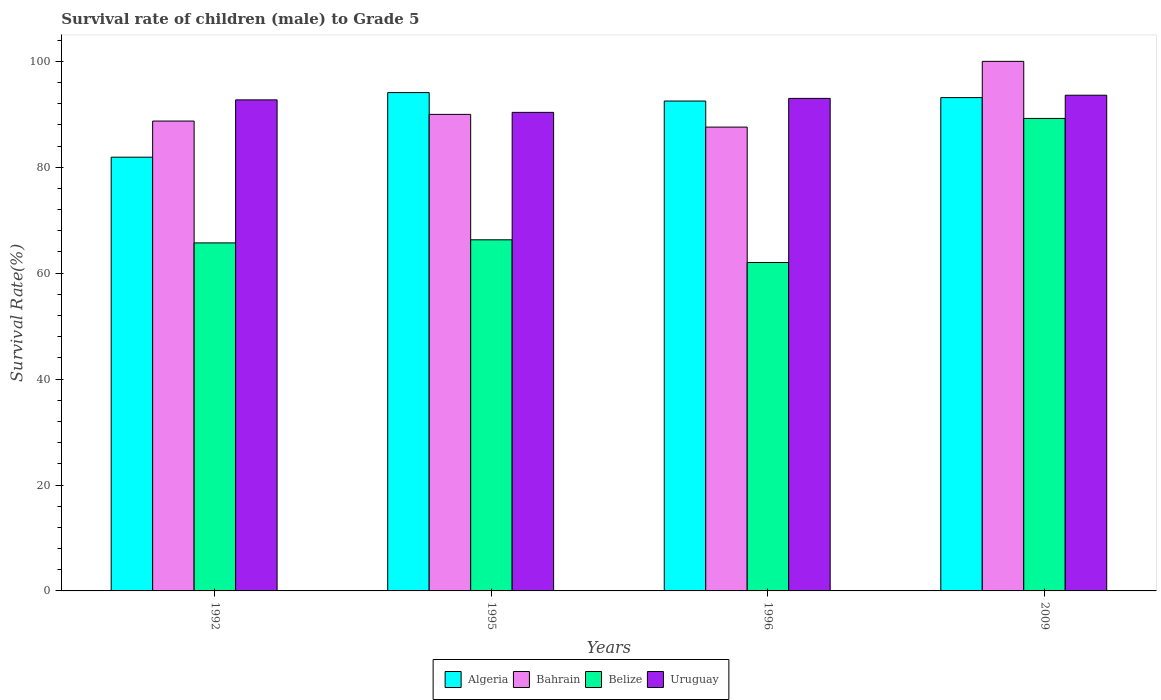
| Years | Algeria | Bahrain | Belize | Uruguay |
 | --- | --- | --- | --- | --- |
 | 1992 | 81.9 | 88.7 | 65.7 | 92.7 |
 | 1995 | 94.1 | 90 | 66.3 | 90.4 |
 | 1996 | 92.5 | 87.6 | 62 | 93 |
 | 2009 | 93.2 | 100 | 89.2 | 93.6 |